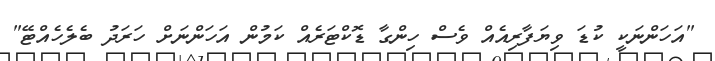
"އަހަންނަކީ ކުޑަ ވިޔަފާރިއެއް ވެސް ހިންގާ ޑޮކްޓަރެއް ކަމުން އަހަންނަށް ހަރަދު ބެލެހެއްޓޭ"